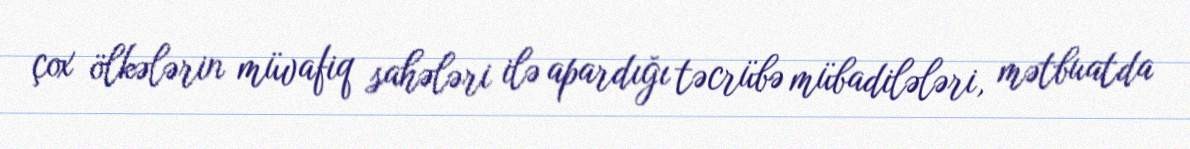
çox ölkələrin müvafiq sahələri ilə apardığı təcrübə mübadilələri, mətbuatda